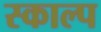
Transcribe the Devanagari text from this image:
स्काल्प